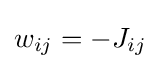
w_{ij}=-J_{ij}